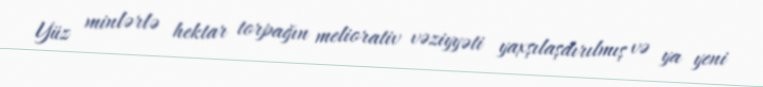
Yüz minlərlə hektar torpağın meliorativ vəziyyəti yaxşılaşdırılmış və ya yeni